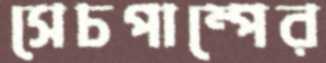
সেচপাম্পের